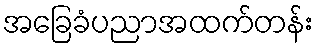
အခြေခံပညာအထက်တန်း